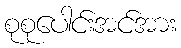
စုစုပေါင်းအင်အား